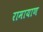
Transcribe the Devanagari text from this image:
रामायाण